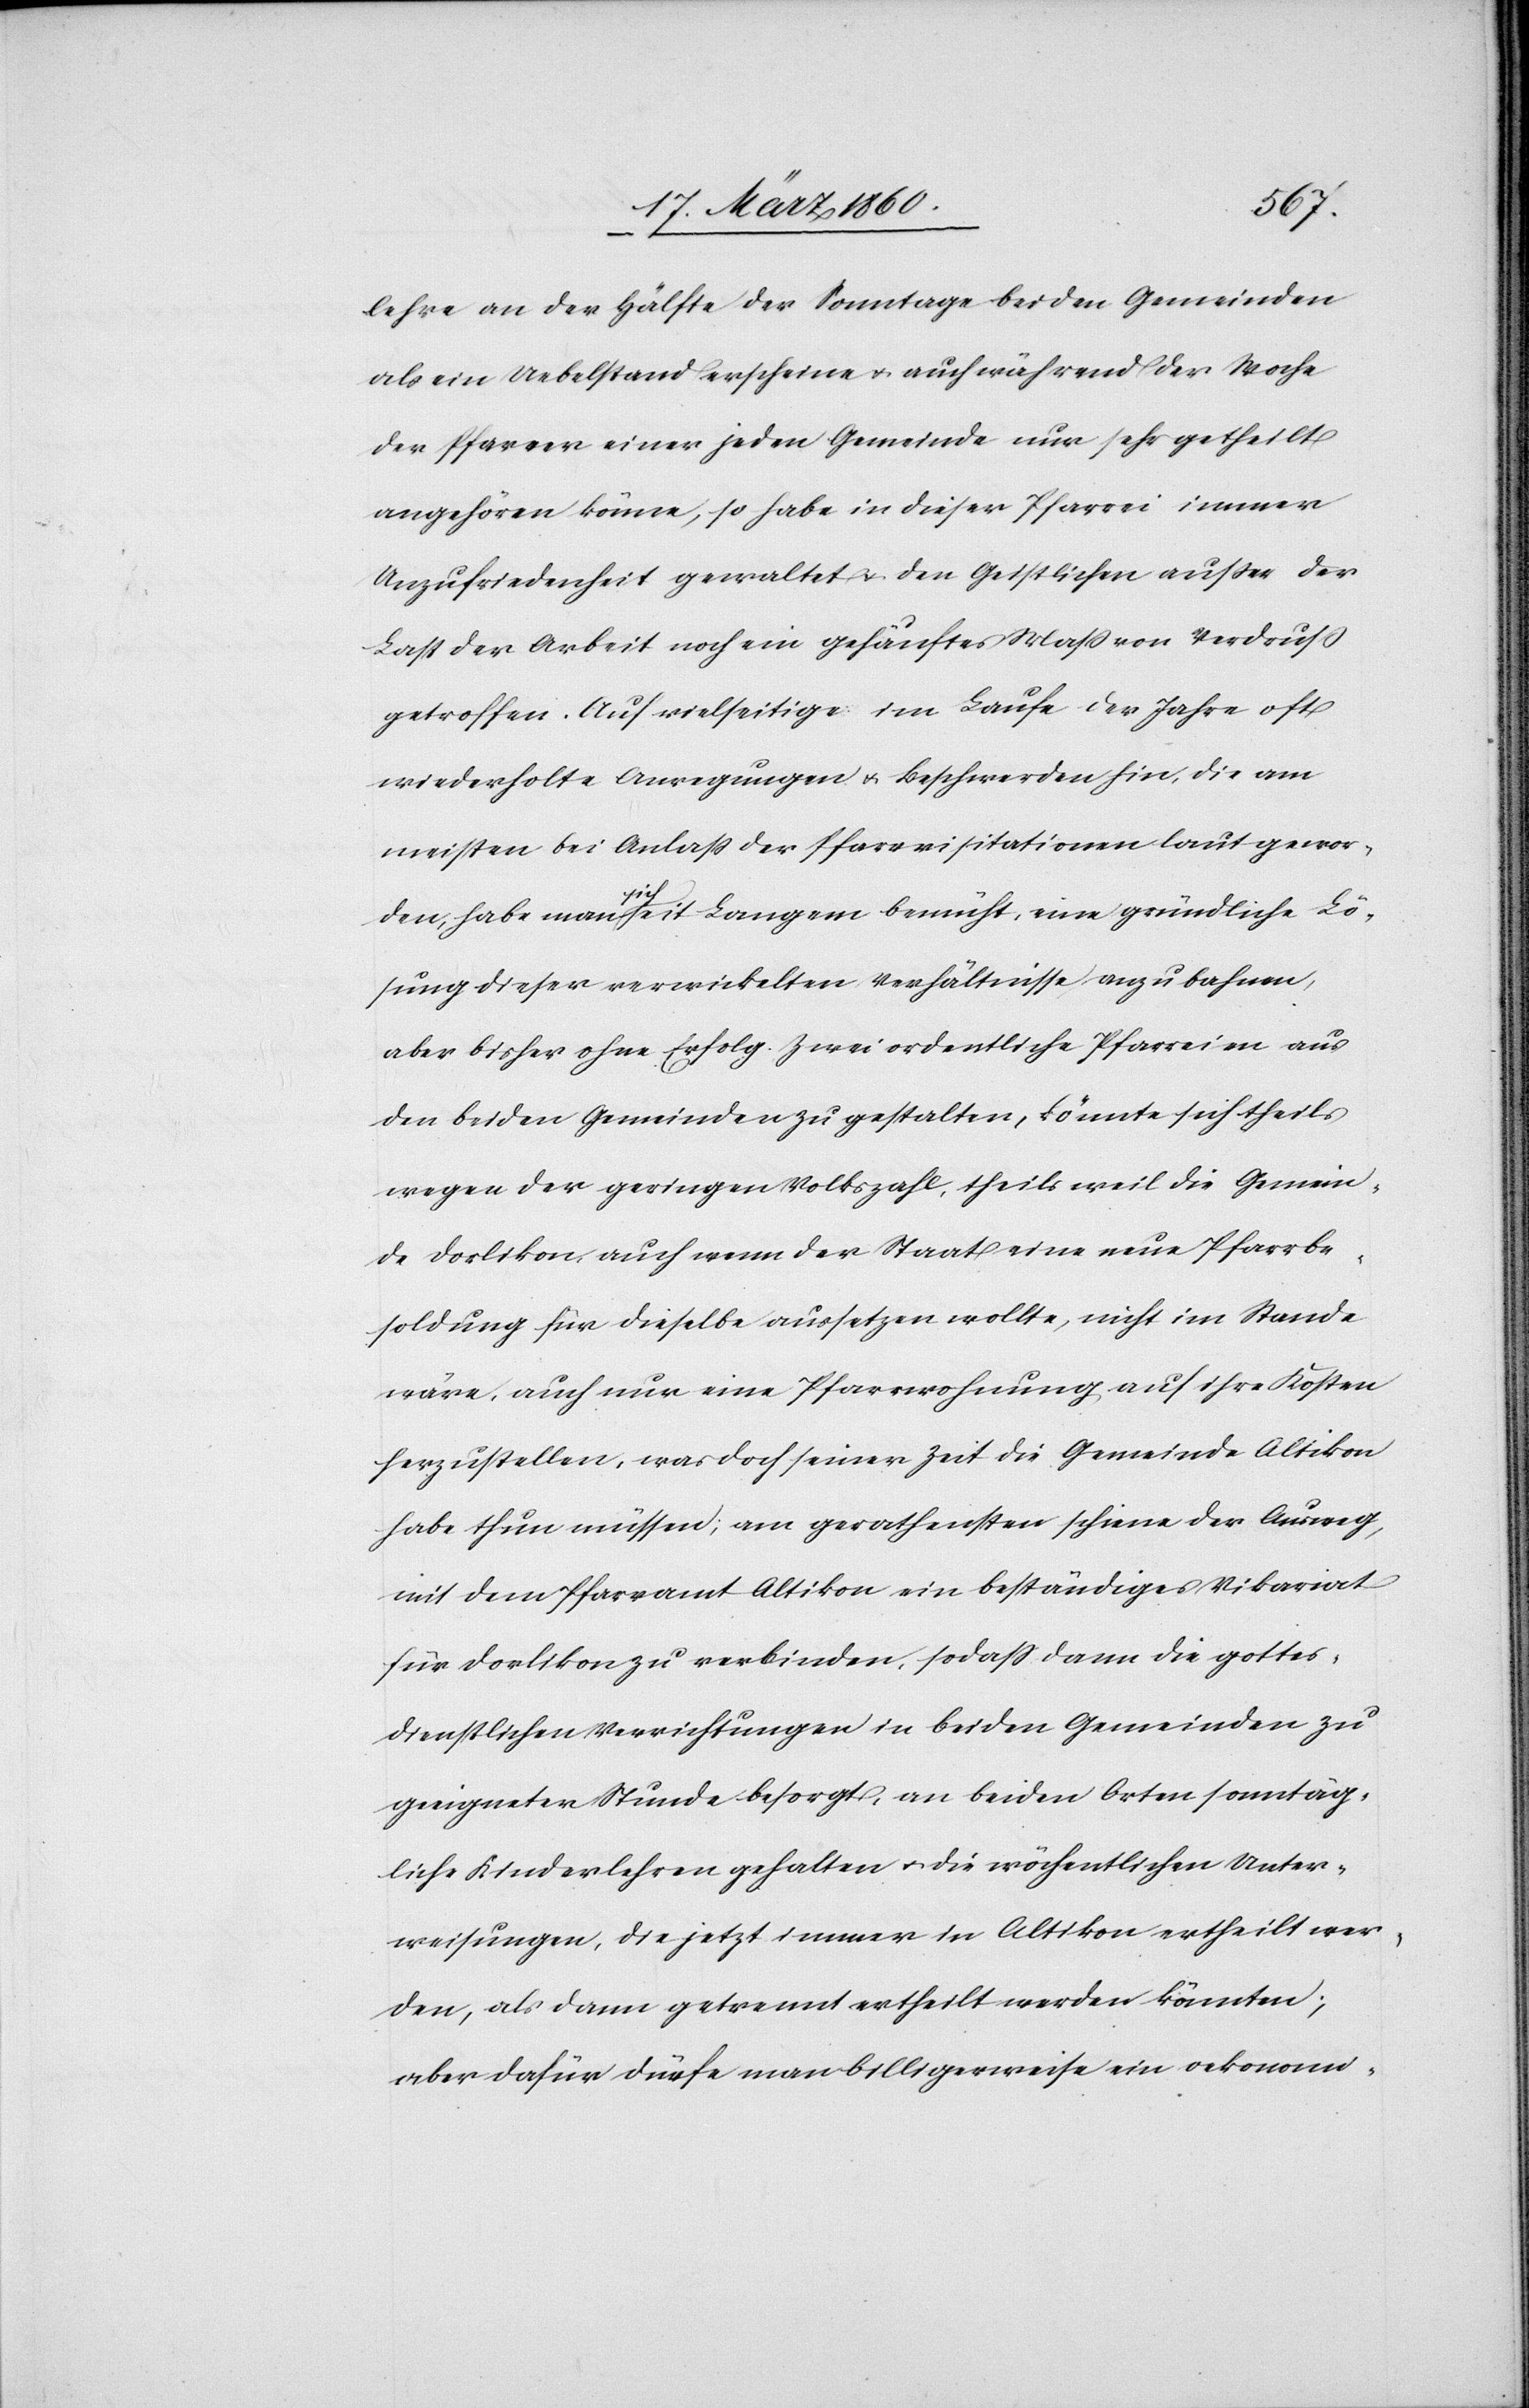
lehre an der Hälfte der Sonntage bei den Gemeinden
als ein Uebelstand erscheine u. auch während der Woche
der Pfarrer einer jeden Gemeinde nur so getheilt
angehören könne, so habe in dieser Pfarrei immer
Unzufriedenheit gewaltet u. den Geistlichen ausser der
Last der Arbeit noch ein gehäuftes Maß von Verdruß
getroffen. Auf vielseitige im Laufe der Jahre oft
wiederholte Anregungen u. Beschwerden hin, die am
meisten bei Anlass der Pfarrvisitationen laut gewor¬
den, habe man sich seit Langem bemüht, eine gründliche Lö¬
sung dieser verwickelten Verhältnisse anzubahnen,
aber bisher ohne Erfolg. Zwei ordentliche Pfarreien aus
den beiden Gemeinden zu gestalten, könnte sich theils
wegen der geringen Volkszahl, theils weil die Gemein¬
de Dorlikon, auch wenn der Staat eine neue Pfarrbe¬
soldung für dieselbe aussetzen wollte, nicht im Stande
wäre, auch nur eine Pfarrerwohnung auf ihre Kosten
herzustellen, was doch seiner Zeit die Gemeinde Altikon
habe thun müssen; am gerathensten scheine der Ausweg,
mit dem Pfarramt Altikon ein beständiges Vikariat
für Dorlikon zu verbinden, so dass dann die gottes¬
dienstlichen Verrichtungen in beiden Gemeinden zu
geeigneter Stunde besorgt, an beiden Orten sonntäg¬
liche Kinderlehren gehalten u. die wöchentlichen Unter¬
weisungen, die jetzt immer in Altikon ertheilt wer¬
den, als dann getrennt ertheilt werden könnten;
aber dafür dürfe man billigerweise ein oekonomi-